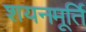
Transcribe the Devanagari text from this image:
शयनमूर्ति